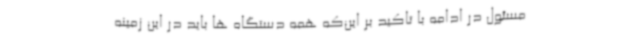
مسئول در ادامه با تاکید بر این‌که همه دستگاه ها باید در این زمینه